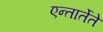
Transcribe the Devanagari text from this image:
एन्तार्तेते